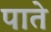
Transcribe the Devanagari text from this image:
पाते